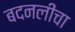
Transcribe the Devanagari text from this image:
बदनलीचा